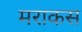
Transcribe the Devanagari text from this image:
मराकस